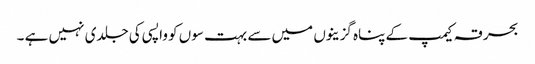
بحرقہ کیمپ کے پناہ گزینوں میں سے بہت سوں کو واپسی کی جلدی نہیں ہے ۔